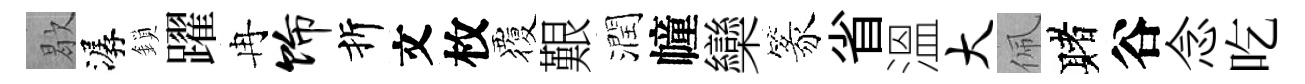
歇潺鎖躍冉饰折文枚覆艱潤幢欒篆省溫大佩赌谷念吃